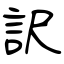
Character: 訳